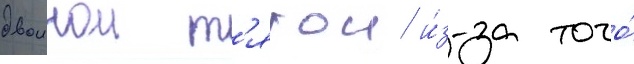
двоинои т'ягои и́з-за того́